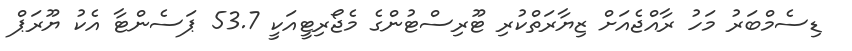
ޑިސެމްބަރު މަހު ރާއްޖެއަށް ޒިޔާރަތްކުރި ޓޫރިސްޓުންގެ މެޖޯރިޓީއަކީ 53.7 ޕަސެންޓާ އެކު ޔޫރަޕް